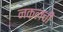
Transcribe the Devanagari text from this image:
नक़लची